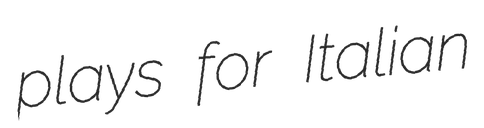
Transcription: plays for Italian